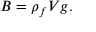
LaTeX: B = \rho _ { f } V g .